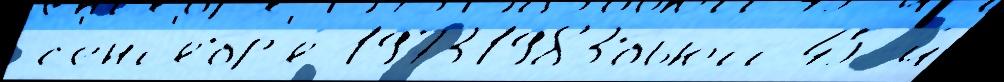
 с'ент'ябр'я́ 19731983бьютт 45-й